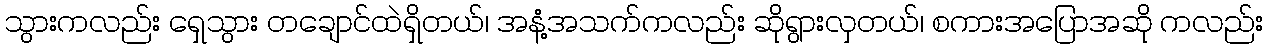
သွားကလည်း ရှေသွား တချောင်ထဲရှိတယ်၊ အနံ့အသက်ကလည်း ဆိုရွားလှတယ်၊ စကားအပြောအဆို ကလည်း